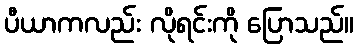
ပီယာကလည်း လိုရင်းကို ပြောသည်။